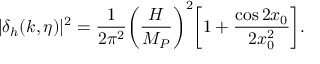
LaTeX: | \delta _ { h } ( k , \eta ) | ^ { 2 } = \frac { 1 } { 2 \pi ^ { 2 } } \biggl ( \frac { H } { M _ { P } } \biggr ) ^ { 2 } \biggl [ 1 + \frac { \cos { 2 x _ { 0 } } } { 2 x _ { 0 } ^ { 2 } } \biggr ] .